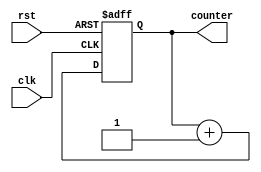
module synchronous_counter (
    input wire clk,
    input wire rst,
    output reg [3:0] counter
);

reg [3:0] next_counter;

always @(posedge clk or posedge rst)
begin
    if (rst) begin
        counter <= 4'b0000;
    end else begin
        counter <= next_counter;
    end
end

always @(*)
begin
    next_counter = counter + 4'b0001; // Incrementing counter
    //next_counter = counter - 4'b0001; // Decrementing counter
end

endmodule